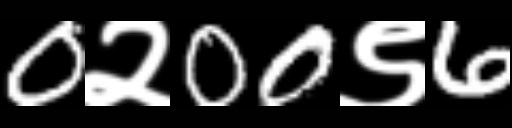
Text: 0२00९6